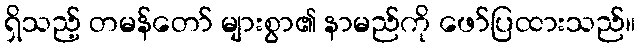
ရှိသည့် တမန်တော် များစွာ၏ နာမည်ကို ဖော်ပြထားသည်။